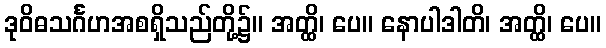
ဒုဝိဓသင်္ဂဟအစရှိသည်တို့၌။ အတ္ထိ၊ ပေ။ နောပါဒါတိ၊ အတ္ထိ၊ ပေ။